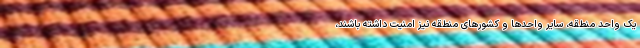
یک واحد منطقه، سایر واحدها و کشورهای منطقه نیز امنیت داشته باشند،